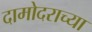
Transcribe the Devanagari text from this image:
दामोदराच्या